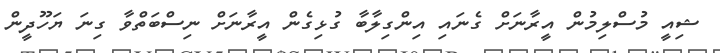
ޝިއީ މުސްލިމުން އީރާނަށް ގެނައި އިންގިލާބާ ގުޅިގެން އީރާނަށް ނިސްބަތްވާ ގިނަ ޔަހޫދީން